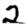
Digit: 2